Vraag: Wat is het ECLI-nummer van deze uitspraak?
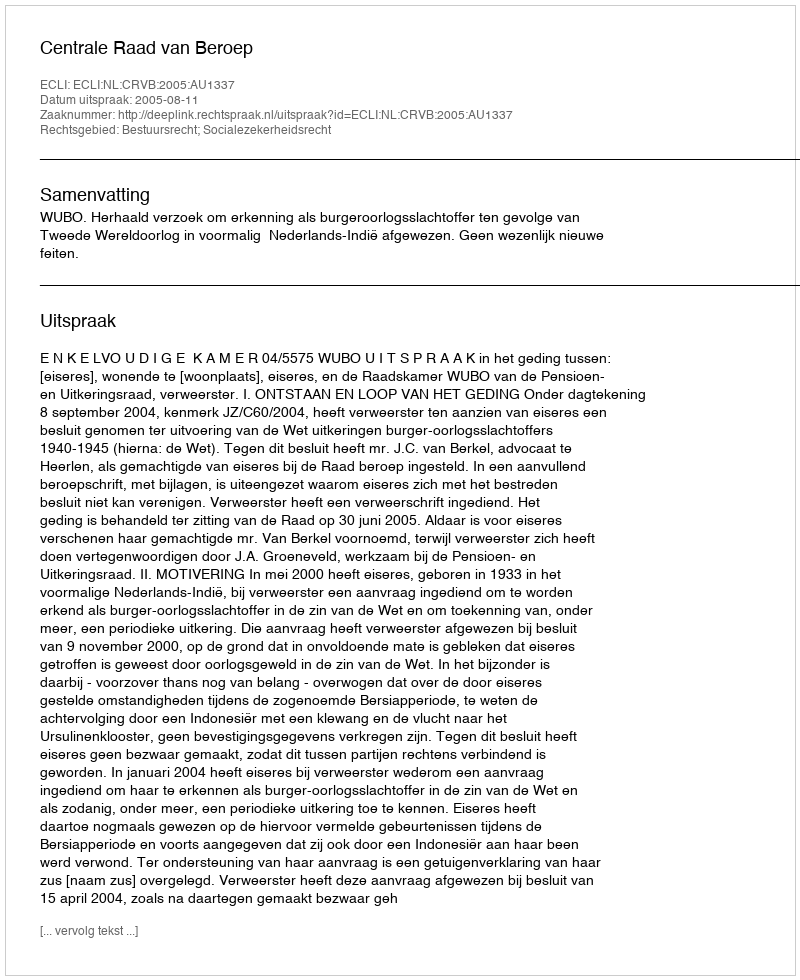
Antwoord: ECLI:NL:CRVB:2005:AU1337